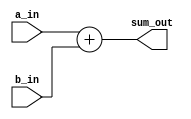
module full_adder (a_in, b_in, sum_out);

   parameter n=24;
	
	input [n-1:0] a_in, b_in;
	output [n-1:0] sum_out;
	
	assign sum_out = a_in + b_in;
	
endmodule